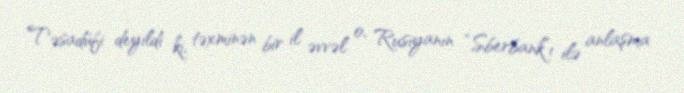
Təsadüfi deyildi ki, təxminən bir il əvvəl o, Rusiyanın “Sberbank”ı ilə anlaşma